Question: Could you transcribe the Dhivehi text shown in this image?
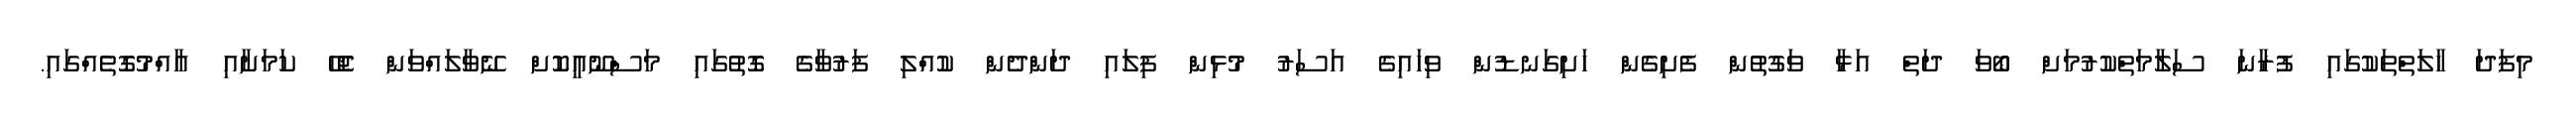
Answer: މިފަދަ ހާލަތްތަކުގައި ފުރާނަ ސަލާމަތްކުރުމަށް ބޯވަ ދަތް އަޅާ ވަގުތުން ފެށިގެން ހަށިގަނޑުން ވިހައިގެ އަސަރު މުޅިން ފިލައި ދަންދެން ކުއްލި ފަރުވާގެ ގޮތުގައި މަސްނޫއީކޮށް ނޭވާލައްވަން ޖެހޭ ކަމަށާއި އާއްމުގޮތެއްގައި.